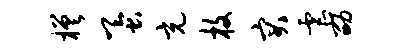
槎蚕充枚突虐劭